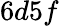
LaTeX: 6d5f